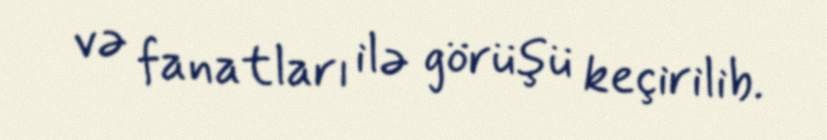
və fanatları ilə görüşü keçirilib.